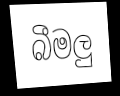
බීමලු